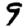
Digit: 9